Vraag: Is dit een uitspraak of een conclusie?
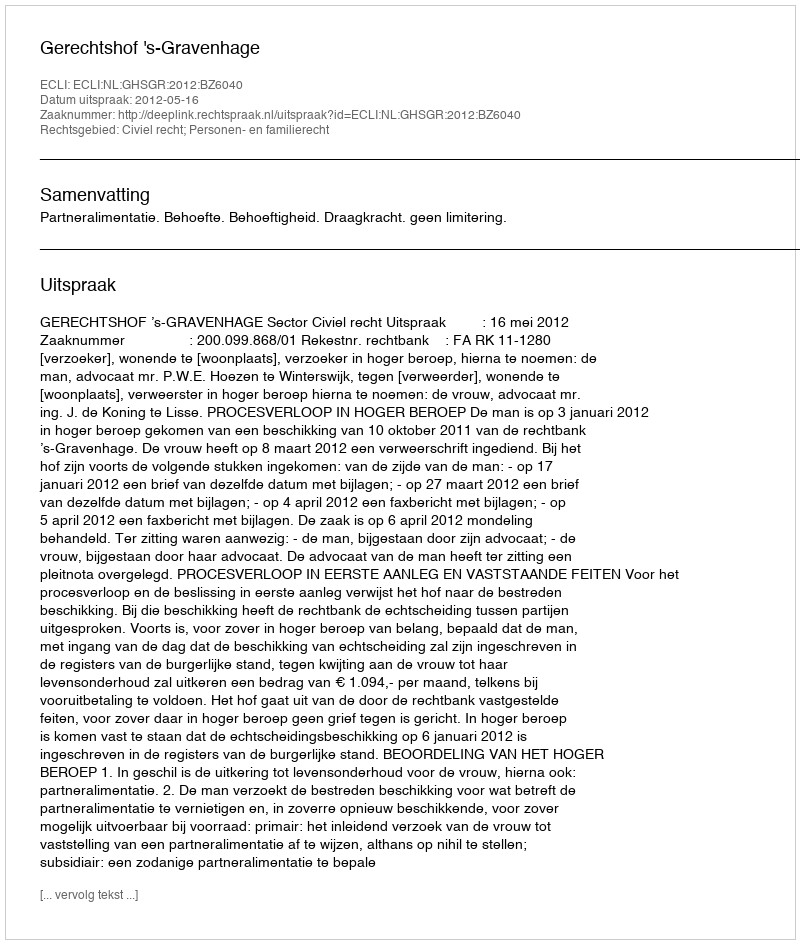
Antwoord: Uitspraak